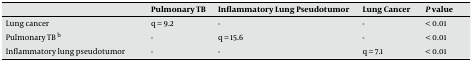
|  | Pulmonary TB | Inflammatory Lung Pseudotumor | Lung Cancer | P value |
 | --- | --- | --- | --- | --- |
 | Lung cancer | q = 9.2 | - | - | < 0.01 |
 | Pulmonary TB b | - | q = 15.6 | - | < 0.01 |
 | Inflammatory lung pseudotumor | - | - | q = 7.1 | < 0.01 |